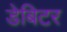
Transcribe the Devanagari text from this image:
डेबिटर